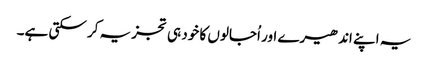
یہ اپنے اندھیرے اور اُجالوں کا خود ہی تجزیہ کر سکتی ہے۔